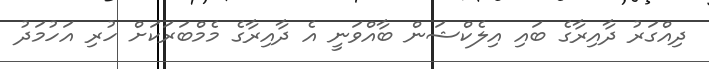
ދިއްގަރު ދާއިރާގެ ބައި އިލެކްޝަން ބާއްވަނީ އެ ދާއިރާގެ މެމްބަރަކަށް ހުރި އަހުމަދު